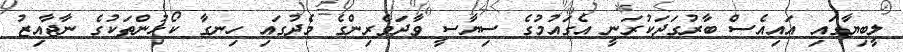
ލީބިޔާގައި އައިއެސް ބާރުގަދަކުރަނީ އެގައުމުގެ ސިޔާސީ ވާދަވެރިންގެ މެދުގައި ހިނގާ ކޯޅުންތަކުގެ ނާޖާއިޒު